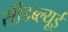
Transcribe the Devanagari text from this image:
सीडब्ल्यूई